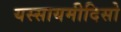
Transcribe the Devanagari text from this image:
यस्सायमीदिसो